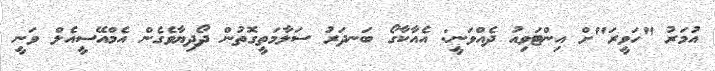
އުމަރު "ހަވީރަ"ށް އިންޓަވިއު ދެއްވަނީ: އެއާކާގޯ ބަނދަރު ސަލާމަތީގޮތުން ދޯދިޔާވެގެން އެމްއޭސީއެލް ވަނީ